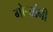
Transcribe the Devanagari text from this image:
गोऱ्यांनी